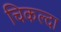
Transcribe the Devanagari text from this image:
चिकल्दा